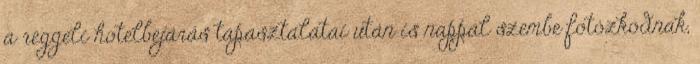
a reggeli hotelbejárás tapasztalatai után is nappal szembe fotózkodnak,